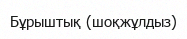
Бұрыштық (шоқжұлдыз)